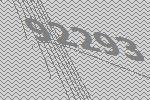
92293